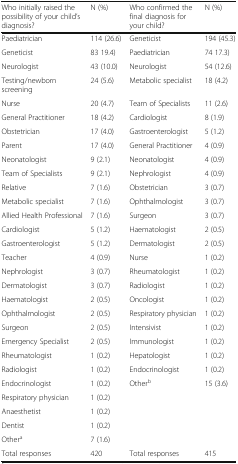
<table><thead><tr><td><b>Who initially raised the possibility of your child’s diagnosis?</b></td><td><b>N (%)</b></td><td><b>Who confirmed the final diagnosis for your child?</b></td><td><b>N (%)</b></td></tr></thead><tbody><tr><td>Paediatrician</td><td>114 (26.6)</td><td>Geneticist</td><td>194 (45.3)</td></tr><tr><td>Geneticist</td><td>83 19.4)</td><td>Paediatrician</td><td>74 17.3)</td></tr><tr><td>Neurologist</td><td>43 (10.0)</td><td>Neurologist</td><td>54 (12.6)</td></tr><tr><td>Testing/newborn screening</td><td>24 (5.6)</td><td>Metabolic specialist</td><td>18 (4.2)</td></tr><tr><td>Nurse</td><td>20 (4.7)</td><td>Team of Specialists</td><td>11 (2.6)</td></tr><tr><td>General Practitioner</td><td>18 (4.2)</td><td>Cardiologist</td><td>8 (1.9)</td></tr><tr><td>Obstetrician</td><td>17 (4.0)</td><td>Gastroenterologist</td><td>5 (1.2)</td></tr><tr><td>Parent</td><td>17 (4.0)</td><td>General Practitioner</td><td>4 (0.9)</td></tr><tr><td>Neonatologist</td><td>9 (2.1)</td><td>Neonatologist</td><td>4 (0.9)</td></tr><tr><td>Team of Specialists</td><td>9 (2.1)</td><td>Nephrologist</td><td>4 (0.9)</td></tr><tr><td>Relative</td><td>7 (1.6)</td><td>Obstetrician</td><td>3 (0.7)</td></tr><tr><td>Metabolic specialist</td><td>7 (1.6)</td><td>Ophthalmologist</td><td>3 (0.7)</td></tr><tr><td>Allied Health Professional</td><td>7 (1.6)</td><td>Surgeon</td><td>3 (0.7)</td></tr><tr><td>Cardiologist</td><td>5 (1.2)</td><td>Haematologist</td><td>2 (0.5)</td></tr><tr><td>Gastroenterologist</td><td>5 (1.2)</td><td>Dermatologist</td><td>2 (0.5)</td></tr><tr><td>Teacher</td><td>4 (0.9)</td><td>Nurse</td><td>1 (0.2)</td></tr><tr><td>Nephrologist</td><td>3 (0.7)</td><td>Rheumatologist</td><td>1 (0.2)</td></tr><tr><td>Dermatologist</td><td>3 (0.7)</td><td>Radiologist</td><td>1 (0.2)</td></tr><tr><td>Haematologist</td><td>2 (0.5)</td><td>Oncologist</td><td>1 (0.2)</td></tr><tr><td>Ophthalmologist</td><td>2 (0.5)</td><td>Respiratory physician</td><td>1 (0.2)</td></tr><tr><td>Surgeon</td><td>2 (0.5)</td><td>Intensivist</td><td>1 (0.2)</td></tr><tr><td>Emergency Specialist</td><td>2 (0.5)</td><td>Immunologist</td><td>1 (0.2)</td></tr><tr><td>Rheumatologist</td><td>1 (0.2)</td><td>Hepatologist</td><td>1 (0.2)</td></tr><tr><td>Radiologist</td><td>1 (0.2)</td><td>Endocrinologist</td><td>1 (0.2)</td></tr><tr><td>Endocrinologist</td><td>1 (0.2)</td><td>Other<sup>b</sup></td><td>15 (3.6)</td></tr><tr><td>Respiratory physician</td><td>1 (0.2)</td><td>[EMPTY_CELL]</td><td>[EMPTY_CELL]</td></tr><tr><td>Anaesthetist</td><td>1 (0.2)</td><td>[EMPTY_CELL]</td><td>[EMPTY_CELL]</td></tr><tr><td>Dentist</td><td>1 (0.2)</td><td>[EMPTY_CELL]</td><td>[EMPTY_CELL]</td></tr><tr><td>Other<sup>a</sup></td><td>7 (1.6)</td><td>[EMPTY_CELL]</td><td>[EMPTY_CELL]</td></tr><tr><td>Total responses</td><td>420</td><td>Total responses</td><td>415</td></tr></tbody></table>